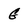
Character: G